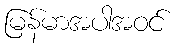
မြန်မာအပါအဝင်